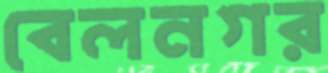
বেলনগর